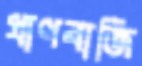
প্রাণবাজি